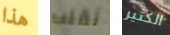
هذا تقلب الكثير